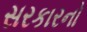
સરકારનો